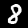
Label: 8